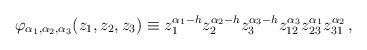
LaTeX: \begin{align*}\varphi_{\alpha_1,\alpha_2,\alpha_3}(z_1,z_2,z_3)\equiv z_1^{\alpha_1-h}z_2^{\alpha_2-h}z_3^{\alpha_3-h}z_{12}^{\alpha_3}z_{23}^{\alpha_1}z_{31}^{\alpha_2}\,,\end{align*}